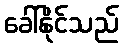
ခေါ်နိုင်သည်